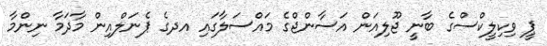
ޕީ ވިކިލީކްސްގެ ބާނީ ޖޫލިއަން އަސާންޖްގެ މައްސަލާގައި އދގެ ޕެނަލްއިން މާދަމާ ނިންމާ